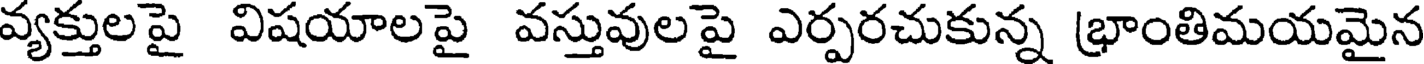
వ్యక్తులపై విషయాలపై వస్తువులపై ఎర్పరచుకున్న భ్రాంతిమయమైన